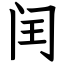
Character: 闰